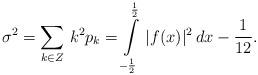
LaTeX: \begin{align*}\sigma^{2}= \sum\limits_{k \in Z}\,k^2 p_k=\int\limits_{-\frac{1}{2}}^{\frac{1}{2}}\,|f(x)|^2\,dx-\frac{1}{12}.\end{align*}